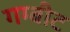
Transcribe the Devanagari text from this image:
गम्बीट